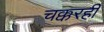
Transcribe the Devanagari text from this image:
चक्करही